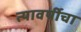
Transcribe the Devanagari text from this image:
त्यावर्षीचा